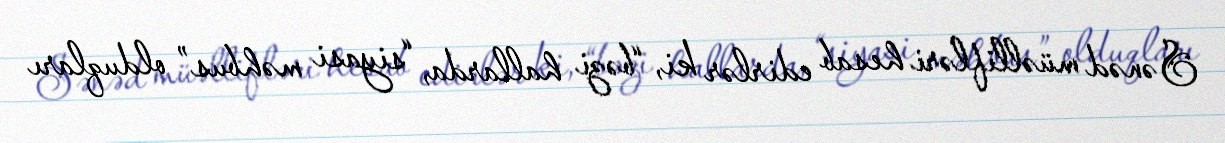
Sənəd müəllifləri hesab edirlər ki, “bəzi hallarda, “siyasi məhbus” olduqları